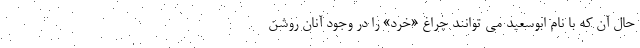
حال آن که با نام ابوسعید می توانند چراغ «خِرَد» را در وجود آنان روشن